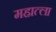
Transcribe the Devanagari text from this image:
महात्ला